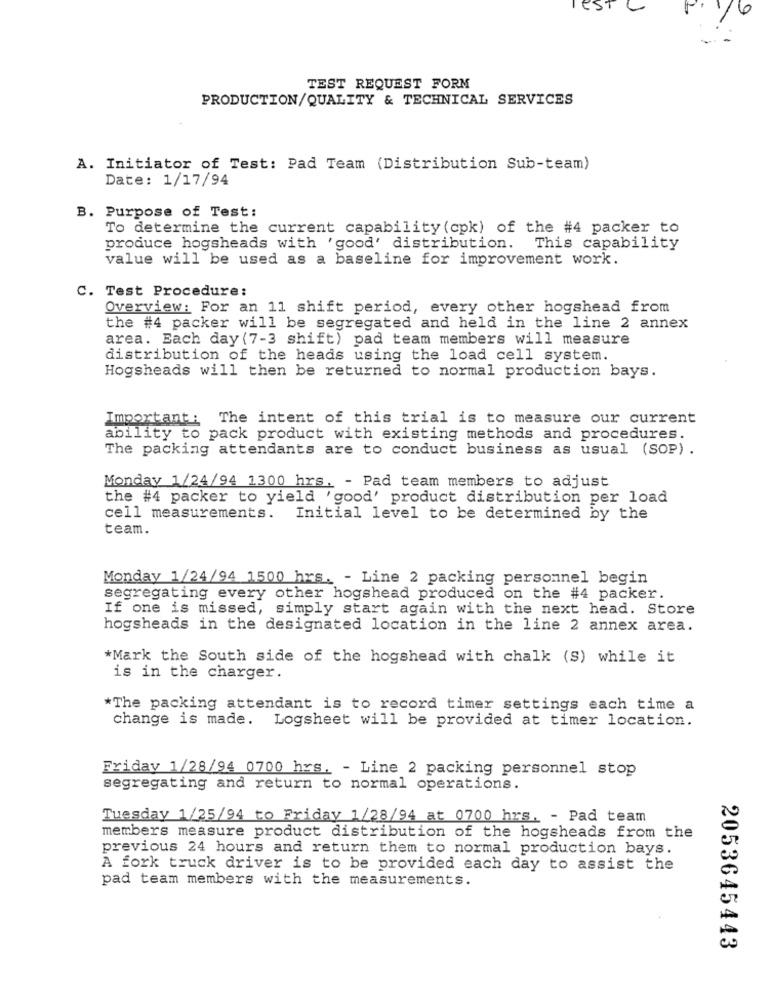
es
6
TEST REQUEST FORM
PRODUCTION/QUALITY & TECHNICAL SERVICES
A. Initiator of Test: Pad Team (Distribution Sub-team)
Date: 1/17/94
B. Purpose of Test:
To determine the current capability (cpk) of the #4 packer to
produce hogsheads with 'good' distribution. This capability
value will be used as a baseline for improvement work.
C. Test Procedure:
Overview: For an 11 shift period, every other hogshead from
the #4 packer will be segregated and held in the line 2 annex
area. Each day (7-3 shift) pad team members will measure
distribution of the heads using the load cell system.
Hogsheads will then be returned to normal production bays.
Important: The intent of this trial is to measure our current
ability to pack product with existing methods and procedures.
The packing attendants are to conduct business as usual (SOP) .
Monday 1/24/94 1300 hrs. - Pad team members to adjust
the #4 packer to yield 'good' product distribution per load
cell measurements. Initial level to be determined by the
team.
Monday 1/24/94 1500 hrs. - Line 2 packing personnel begin
segregating every other hogshead produced on the #4 packer.
If one is missed, simply start again with the next head. Store
hogsheads in the designated location in the line 2 annex area.
*Mark the South side of the hogshead with chalk (S) while it
is in the charger.
*The packing attendant is to record timer settings each time a
change is made. Logsheet will be provided at timer location.
Friday 1/28/94 0700 hrs. - Line 2 packing personnel stop
segregating and return to normal operations.
Tuesday 1/25/94 to Friday 1/28/94 at 0700 hrs. - Pad team
members measure product distribution of the hogsheads from the
previous 24 hours and return them to normal production bays.
A fork truck driver is to be provided each day to assist the
pad team members with the measurements.
2053645443